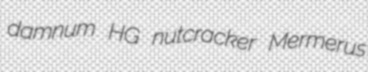
damnum HG nutcracker Mermerus